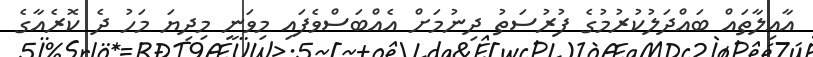
އާއިލާތައް ބައްދަލުކުރުމުގެ ފުރުސަތު ދިނުމަށް އެއްބަސްވެފައި މިވަނީ މިދިޔަ މަހު ދެ ކޮރެއާގެ